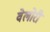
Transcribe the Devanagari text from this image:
वेलोरी